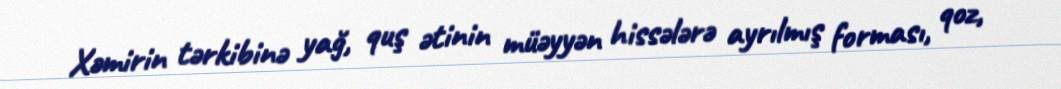
Xəmirin tərkibinə yağ, quş ətinin müəyyən hissələrə ayrılmış forması, qoz,